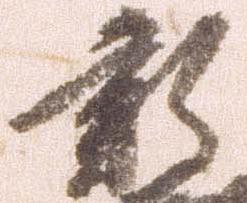
新